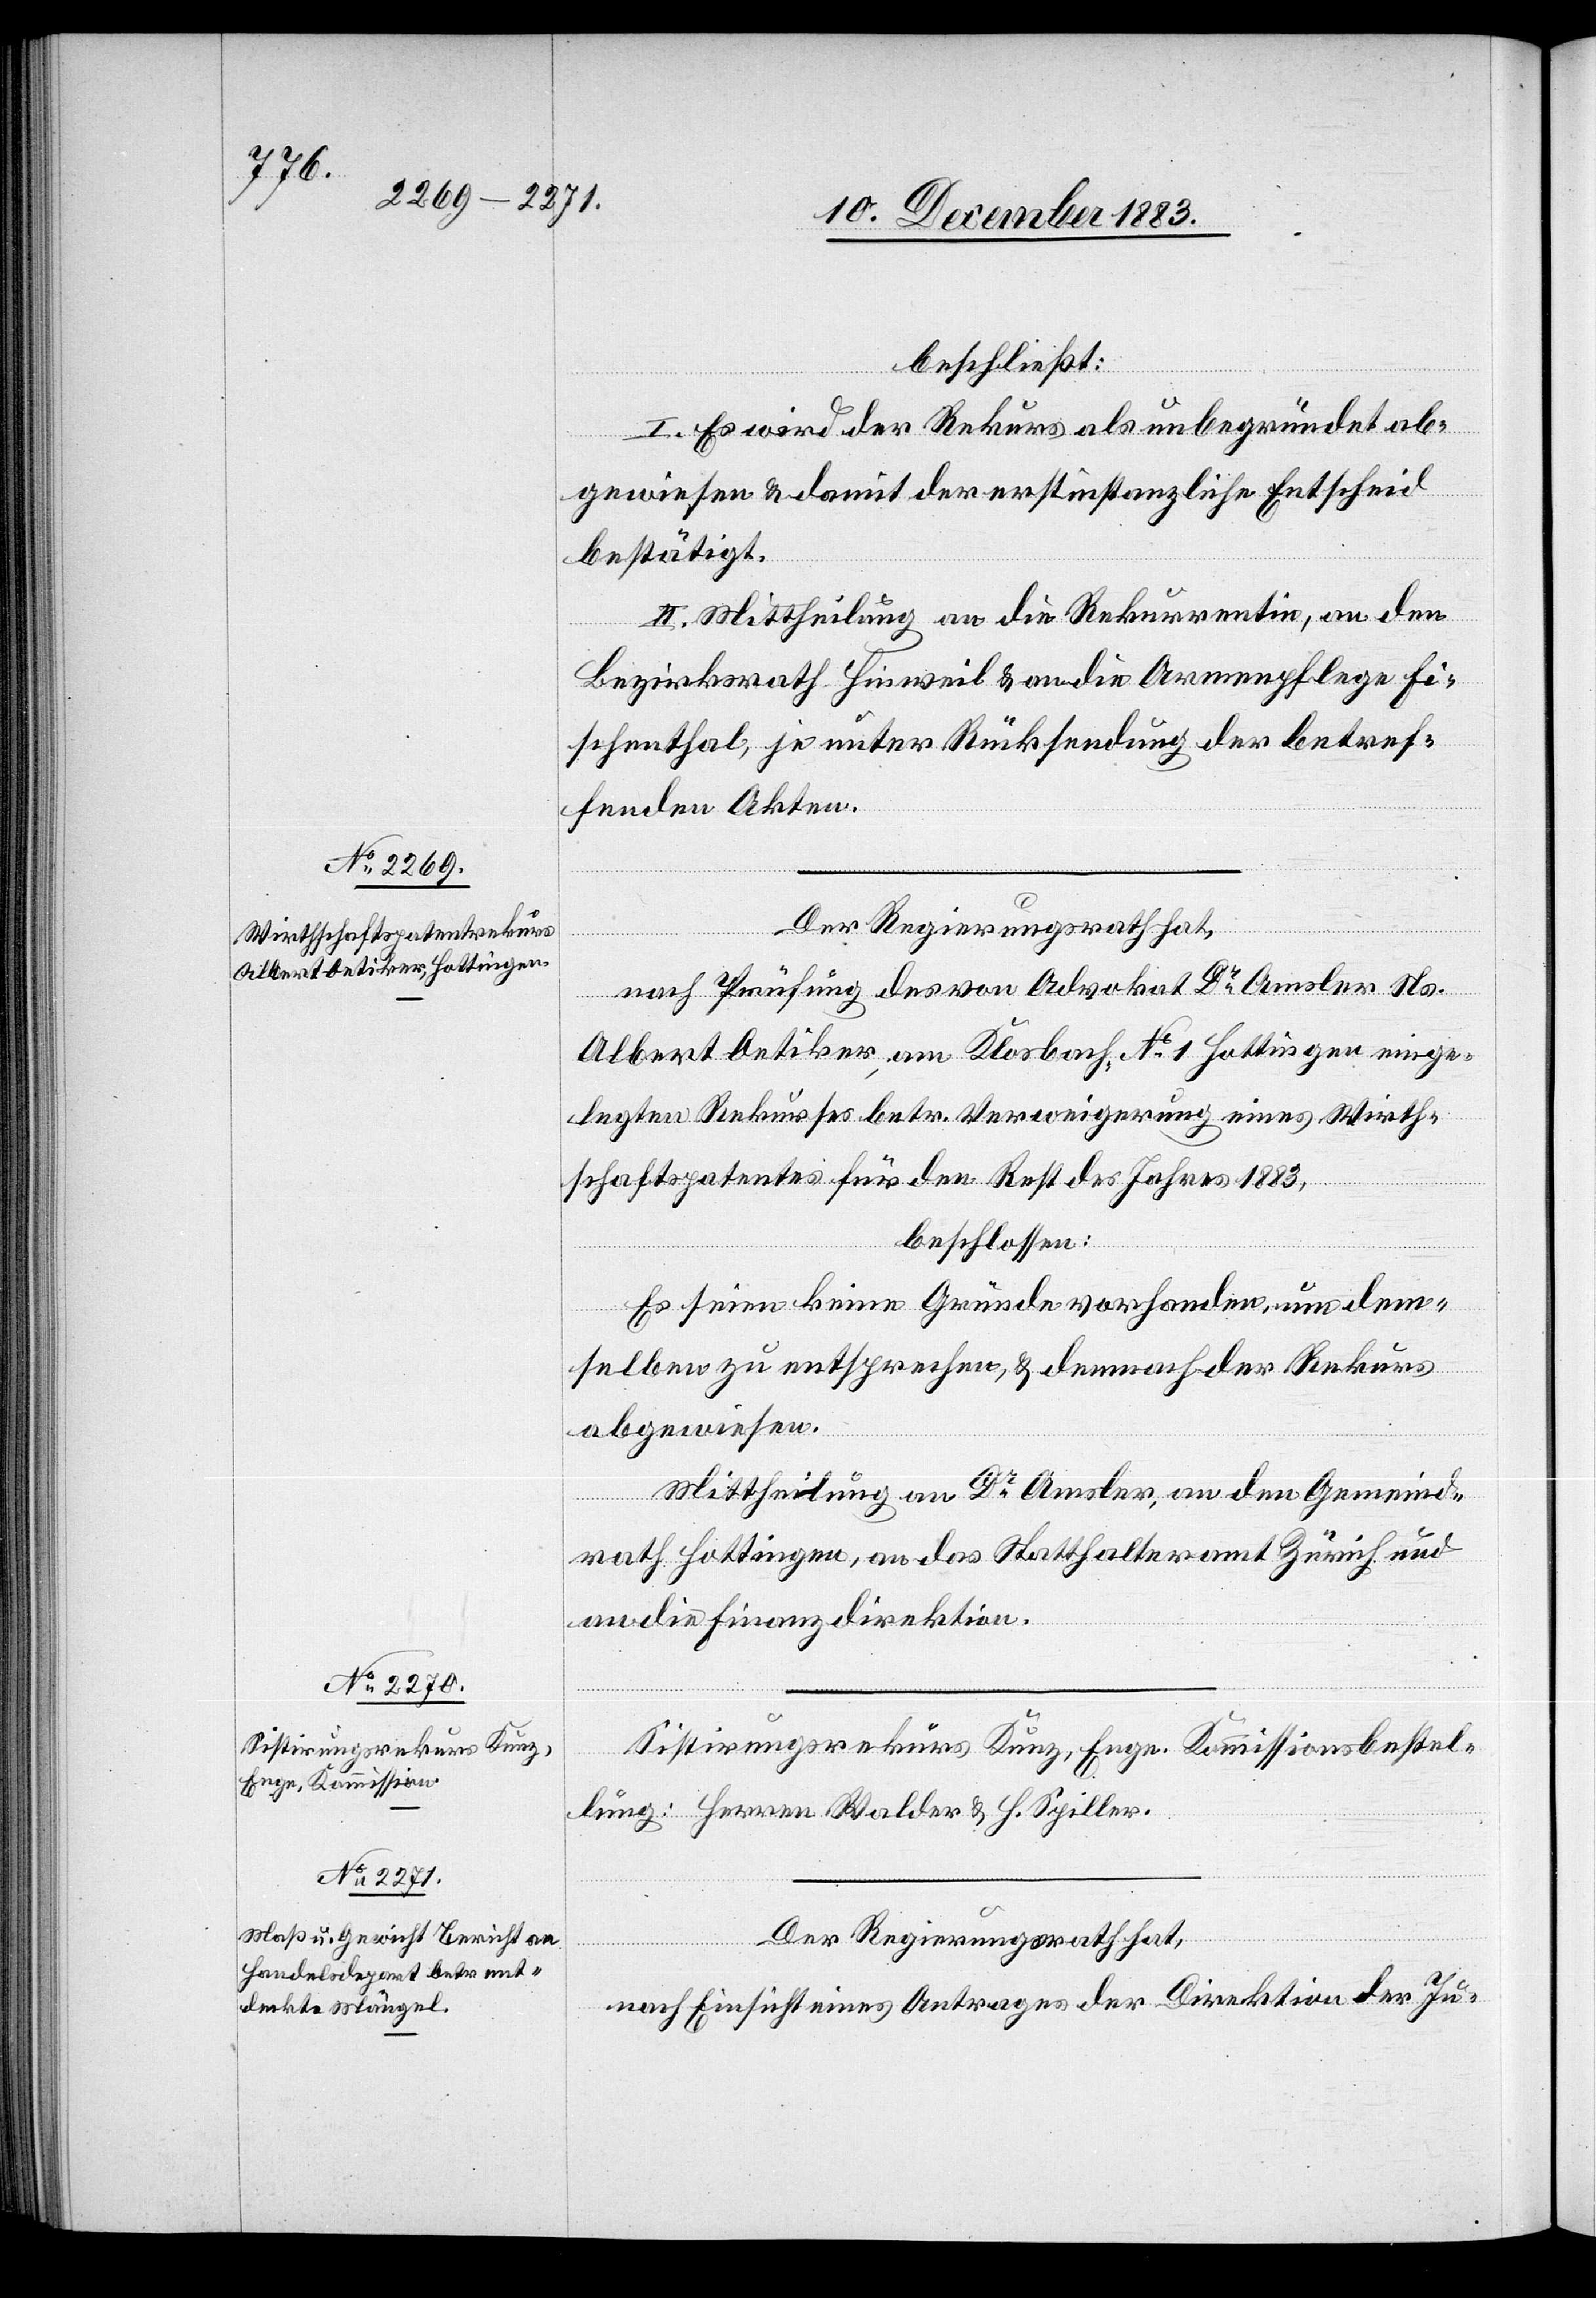
beschließt:
I. Es wird der Rekurs als unbegründet ab¬
gewiesen & damit der erstinstanzliche Entscheid
bestätigt.
II. Mittheilung an die Rekurrentin, an den
Bezirksrath Hinweil & an die Armenpflege Fi¬
schenthal, je unter Rücksendung der betref¬
fenden Akten.
Der Regierungsrath hat,
nach Prüfung des von Advokat Dr Amsler Ns.
Albert Oetiker, am Klosbach No 1 Hottingen einge¬
legten Rekurses betr. Verweigerung eines Wirth¬
schaftspatentes für den Rest des Jahres 1883,
beschlossen:
Es seien keine Gründe vorhanden, um dem¬
selben zu entsprechen, & demnach der Rekurs
abgewiesen.
Mittheilung an Dr Amsler, an den Gemeind¬
rath Hottingen, an das Statthalteramt Zürich und
an die Finanzdirektion.
Sistirungsrekurs Kunz, Enge. Kommissionsbestel¬
lung: Herren Walder & H. Spiller.
Der Regierungsrath hat,
nach Einsicht eines Antrages der Direktion der Ju-